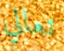
تعالي